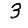
Digit: 3